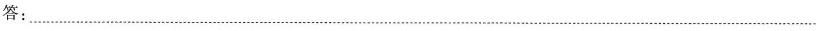
答：___